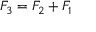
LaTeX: F _ { 3 } = F _ { 2 } + F _ { 1 }